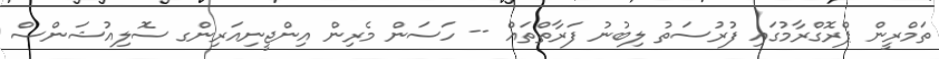
ތަމްރީން ޕްރޮގްރާމުގައި ފުރުސަތު ލިބުނު ފަރާތްތައް -- ހަސަން މެރިން އިންޖީނިއަރިންގ ސޮލިއުޝަންސް